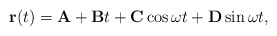
\begin{align*}{\bf r}(t)={\bf A}+{\bf B}t+{\bf C}\cos\omega t+{\bf D}\sin\omega t, \end{align*}